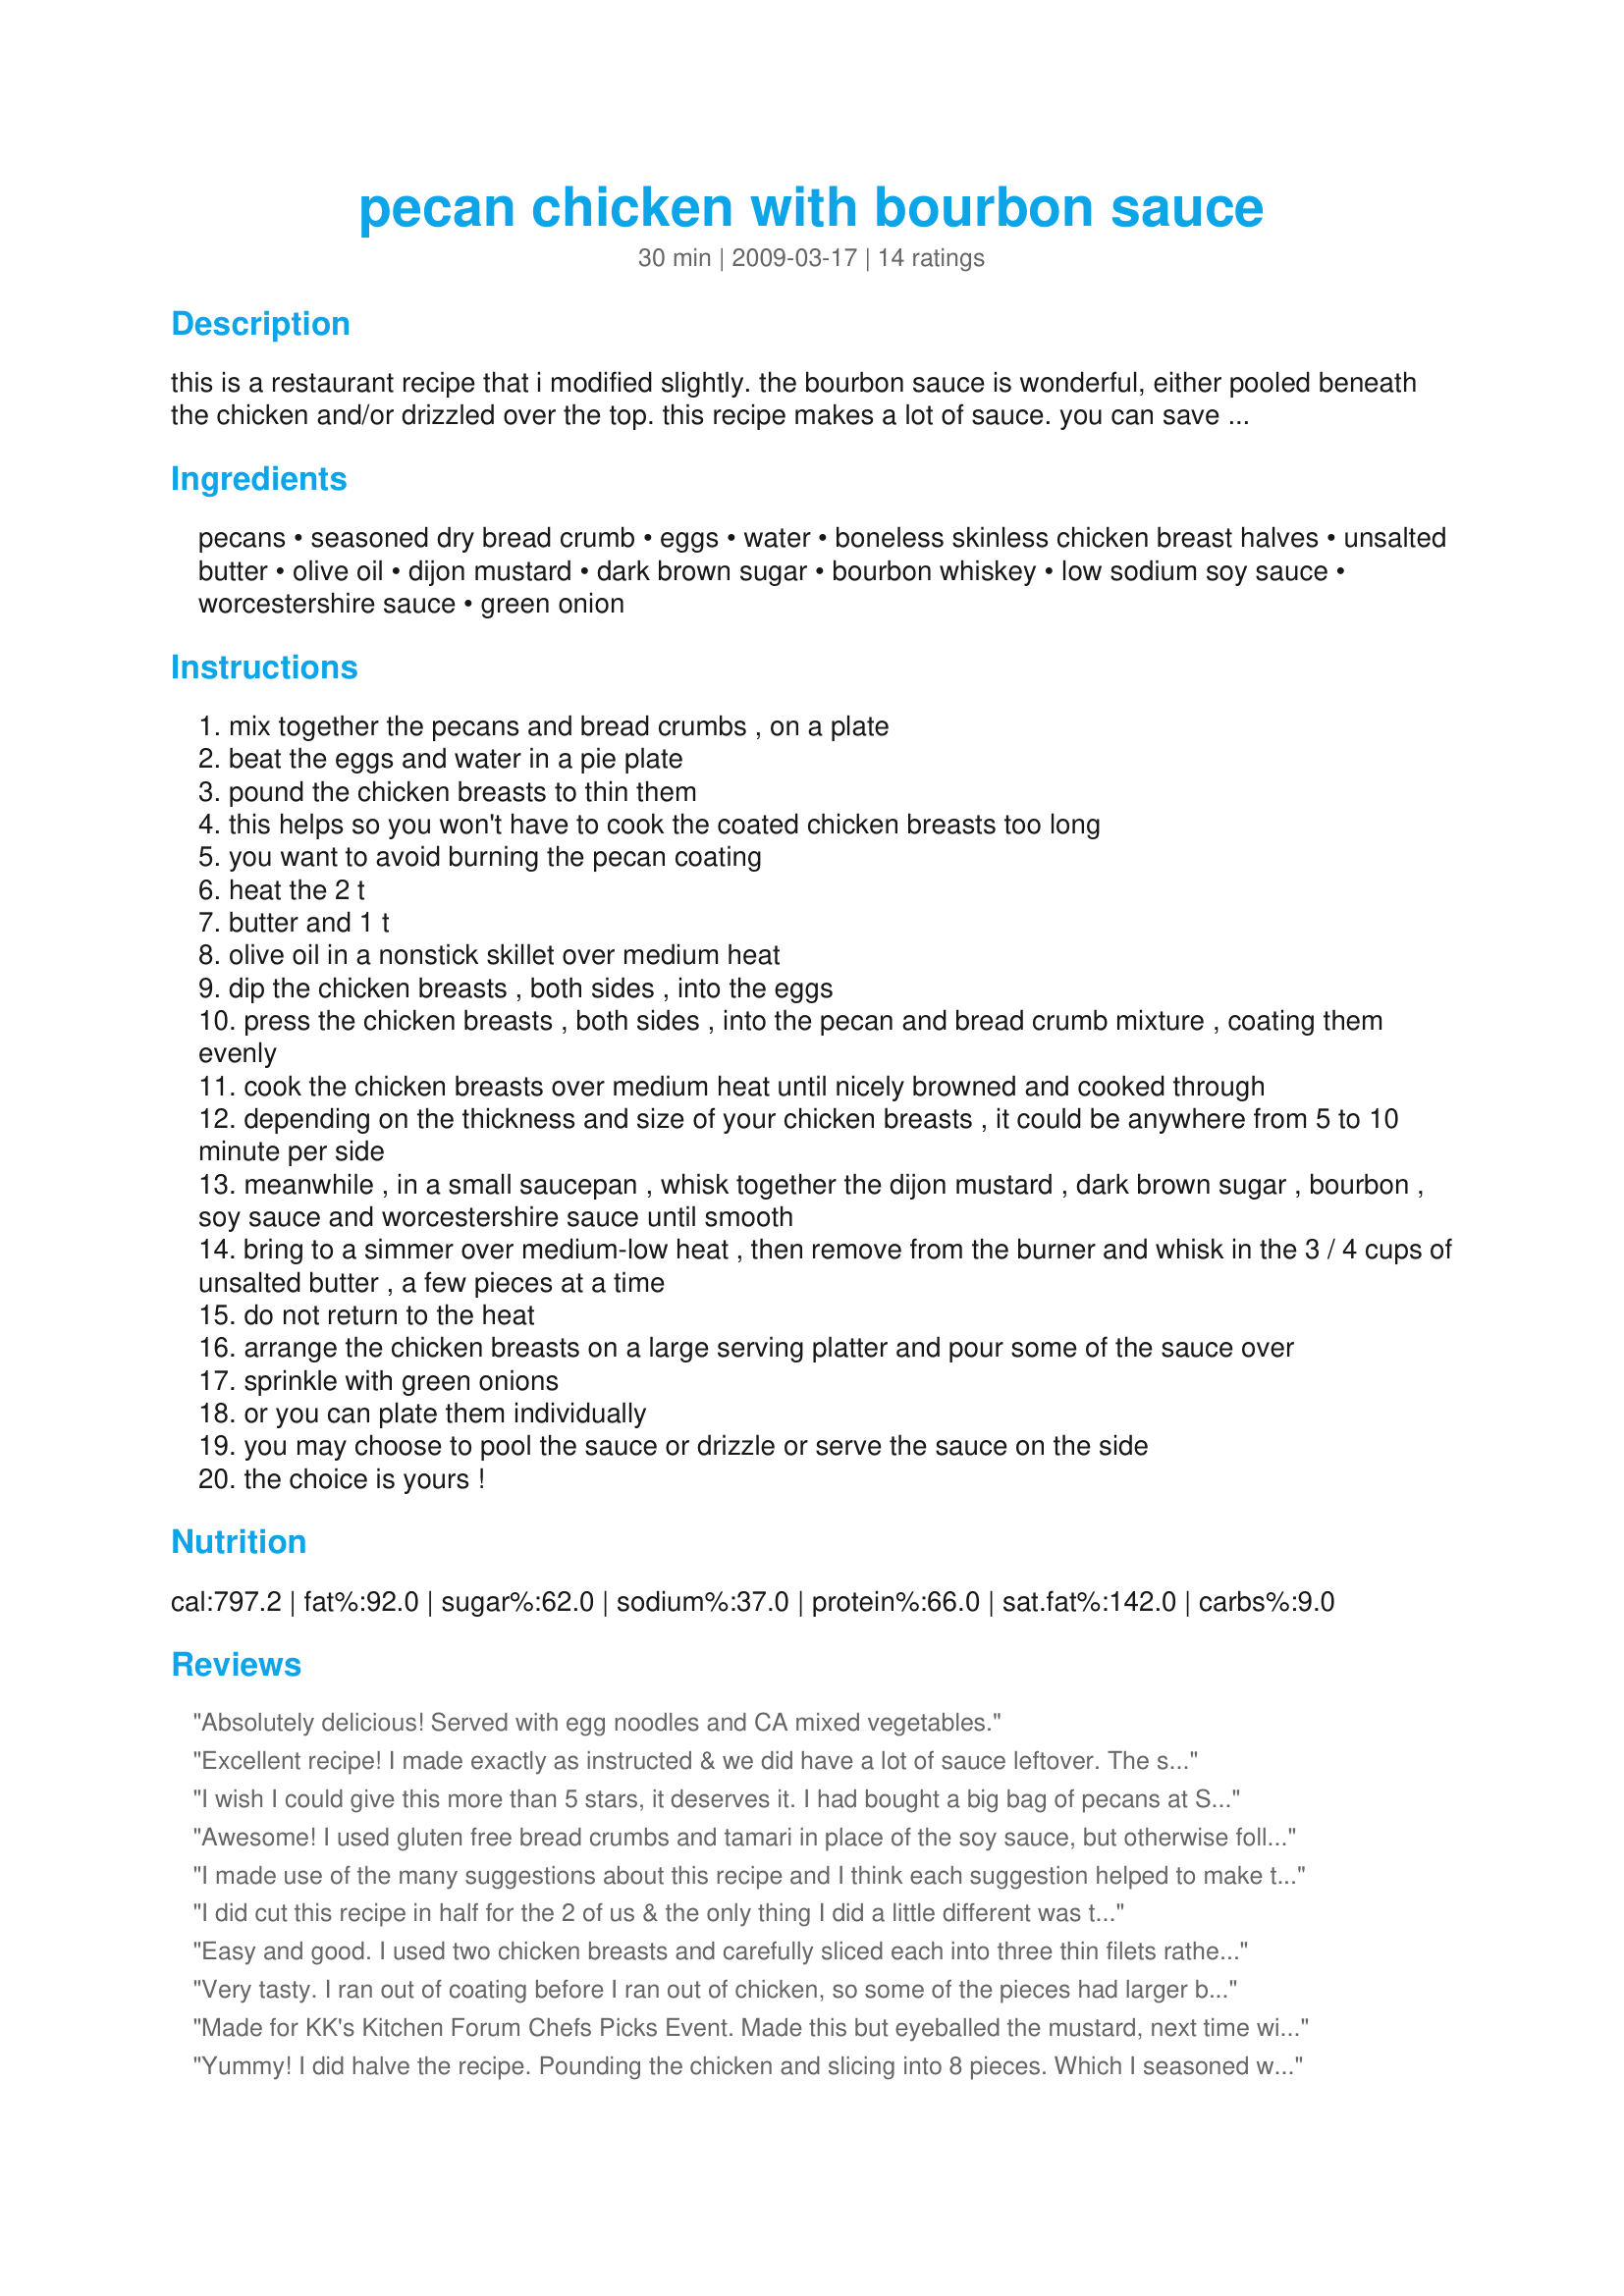
pecan chicken with bourbon sauce
Preparation time: 30 minutes

this is a restaurant recipe that i modified slightly. the bourbon sauce is wonderful, either pooled beneath the chicken and/or drizzled over the top. this recipe makes a lot of sauce. you can save some of the extra sauce for use later or drizzle the sauce over your veggies! great pecan taste and crunch. make sure you adjust your heat, while cooking the chicken, so the pecan coating does not burn. don't skip the green onion to sprinkle over the finished product, it is part of the whole taste sensation! this recipe works for a weekly night dinner or even for company. enjoy!

Ingredients:
pecans, seasoned dry bread crumb, eggs, water, boneless skinless chicken breast halves, unsalted butter, olive oil, dijon mustard, dark brown sugar, bourbon whiskey, low sodium soy sauce, worcestershire sauce, green onion

Steps:
mix together the pecans and bread crumbs , on a plate
beat the eggs and water in a pie plate
pound the chicken breasts to thin them
this helps so you won't have to cook the coated chicken breasts too long
you want to avoid burning the pecan coating
heat the 2 t
butter and 1 t
olive oil in a nonstick skillet over medium heat
dip the chicken breasts , both sides , into the eggs
press the chicken breasts , both sides , into the pecan and bread crumb mixture , coating them evenly
cook the chicken breasts over medium heat until nicely browned and cooked through
depending on the thickness and size of your chicken breasts , it could be anywhere from 5 to 10 minute per side
meanwhile , in a small saucepan , whisk together the dijon mustard , dark brown sugar , bourbon , soy sauce and worcestershire sauce until smooth
bring to a simmer over medium-low heat , then remove from the burner and whisk in the 3 / 4 cups of unsalted butter , a few pieces at a time
do not return to the heat
arrange the chicken breasts on a large serving platter and pour some of the sauce over
sprinkle with green onions
or you can plate them individually
you may choose to pool the sauce or drizzle or serve the sauce on the side
the choice is yours !

Reviews:
Absolutely delicious! Served with egg noodles and CA mixed vegetables.
Excellent recipe! I made exactly as instructed & we did have a lot of sauce leftover. The sauce was delicious in the end, but at first I was afraid of all that butter & in the future I think it could be cut back without any ill effects. I was doing several things at once & ended up putting the sauce on before I started the chicken but it seemed to work out fine. The chicken cooked very quickly & the sauce just needed a quick whisk before serving. DH who doesn't like pecans really, really enjoyed this recipe, as did DS (16) & they've both requested it again real soon. I don't mind, this was super easy "fancy" chicken. Served with fresh strawberries, fresh pineapple, lemon wedges (very nice squeezed over the chicken) & for dessert, recipe #372837. Thanks for sharing, LIG! Made & enjoyed for ZWT5- Ali Baba's Babes.
I wish I could give this more than 5 stars, it deserves it. I had bought a big bag of pecans at Sam's Club a couple of weeks ago, and wondered what on earth I was going to make to use them all.I just found out! This is divine! The sauce is just wonderful! Thanks so much for sharing, this is a keeper! Made for Chef's Pick event at KK.
Awesome! I used gluten free bread crumbs and tamari in place of the soy sauce, but otherwise followed the recipe to the letter, and it was SO good! And so easy, too. Definite keeper, the sauce is to die for. Thanks for sharing!!
I made use of the many suggestions about this recipe and I think each suggestion helped to make this a success. I pounded the chicken to be thin so it would cook quickly without burning the pecans, I kept the temperature at a medium-high heat so as to not burn the chicken, I had the sauce ingredients put together in the sauce pan before I started sauteeing the chicken and I doubled up on the sauce ingredients. I really liked the flavor of the sauce. You could definitely taste the bourbon but it was not overpowering. 
Also, I like the addition of the seasoned bread crumbs. I've tried other pecan chicken recipes where the coating was just pecans and it wasn't as tasty as this recipe was.
I did cut this recipe in half for the 2 of us & the only thing I did a little different was to simmer the sauce a few more minutes to be sure the alcohol was gone! Served it with a combo of brown rice & peas, & that was very, very nice topped with the sauce! Thanks for posting the recipe! [Tagged & made in Please Review My Recipe]
Easy and good. I used two chicken breasts and carefully sliced each into three thin filets rather than pounding them. I had lots of the coating leftover, so it is probably just the right amount if you use 4 chicken breasts. I used all the sauce ingredients but adjusted the amounts as follows and it still came out great:<br/>Used only about 1.5 tablespoons of dijon mustard, dark rum instead of bourbon, 1 tablespoon of soy sauce and only 2 tablespoons of butter. It was more than enough sauce for 2 people, probably enough for 4.
Very tasty. I ran out of coating before I ran out of chicken, so some of the pieces had larger bits of pecans on them in the second batch. I also added some pecans to the sauce for presentation since I don't like green onions much. Hubby liked that I burned one for him. Plenty of sauce, next time I'll double the coating though. Thanks for a tasty meal LIG! Made for PRMR 2012
Made for KK's Kitchen Forum Chefs Picks Event. Made this but eyeballed the mustard, next time will measure it out as the mustard rather overwhelmed the bourbon. I used Jack Daniels Bourbon, my favorite. Didn't have any green onions in the house and the trip to town was NOT gonna happen what with all the snow, so garnished with Parsley instead. Even with all that I would make this recipe again, it is really delicious and the chicken with it's coating could have stood on it's own, but the sauce was just pure genius. Thank You for another lovely recipe. Adding this to my Cluck, Cluck Cookbook.
Yummy! I did halve the recipe. Pounding the chicken and slicing into 8 pieces. Which I seasoned with pepper and some Italian herbs. I did brown then placed into a warm oven to finish cooking. Found the sauce on the sweet side. Also cut back on the butter. Next time I`ll use Grand Marnier in place of the bourbon. Thanks for a great dish!
I made this for a weeknight dinner and will agree that it looks like you worked harder than you did! I used chicken tenderloins so I didn't have to pound them out at all and they cooked very quickly. Next time I will mix up the sauce and have it on the stove before I even begin cooking the chicken. I decreased the butter in the sauce to about 1/4 cup and still thought it had excellent flavor. It also still made more than enough than we needed for the meal. I served this with mashed potatoes and green beans for a very simple meal. (Also, the kids loved it sans sauce because they just looked at it as chicken strips.) Thanks for the recipe!
I could drink the sauce! This is fabulous and I will make this over and over again! I made this for Culinary Quest and it is a keeper!
I very much enjoyed this chicken. I halved the recipe, since it is just DH and myself. The coating was lovely, and I just drizzled the sauce lightly over the chicken, and it was just a nice pop as you took a bite. Thank you for posting such a delicious recipe!
Yum! This was so delicious and easy to put together. The sauce and chicken really compliment and enhance each other. The sauce has a really nice tang to it. I reduced the mustard and soy sauce a little and increased the bourbon and since I only had light brown sugar I added a little bit of molasses I also decreased the butter and even having halved the recipe still had plenty of sauce. I used two chicken breasts and after flattening them cut them into 3 pcs each. I did have to use the full amount of coating for half the original amount of chicken. Thanks for sharing! Made for ZWT 9 Cajun/Creole by one of the Appliance Killers.
